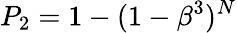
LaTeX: P_{2}=1-(1-\beta^{3})^{N}